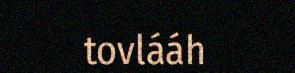
tovlááh